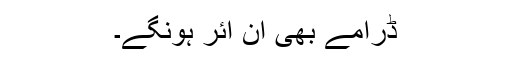
ڈرامے بھی آن ائر ہونگے۔